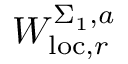
W _ { \mathrm { l o c } , r } ^ { \Sigma _ { 1 } , a }